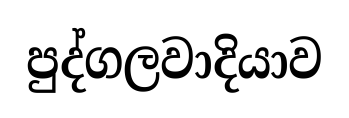
පුද්ගලවාදියාව